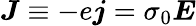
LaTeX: {\boldsymbol J}\equiv-e{\boldsymbol j}=\sigma_{0}{\boldsymbol E}